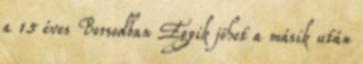
a 15 éves Borsodban Egyik jöhet a másik után